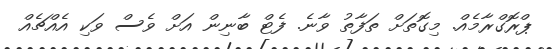
ޕްރޮގްރާމެއް. މިގޮތަށް ތަފާތު ވާނެ. ފެޓް ބާނިން އަށް ވެސް ވަކި އެއްޗެއް